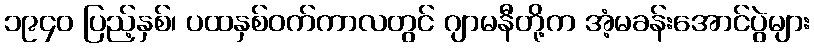
၁၉၄၀ ပြည့်နှစ်၊ ပထနှစ်ဝက်ကာလတွင် ဂျာမနီတို့က အံ့မခန်းအောင်ပွဲများ